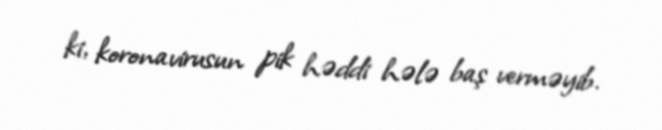
ki, koronavirusun pik həddi hələ baş verməyib.